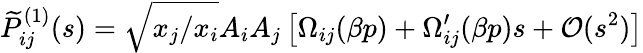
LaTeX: \widetilde{P}_{ij}^{(1)}(s)=\sqrt{x_{j}/x_{i}}A_{i}A_{j}\left[\Omega_{ij}(\beta p)+\Omega_{ij}^{\prime}(\beta p)s+\mathcal{O}(s^{2})\right]